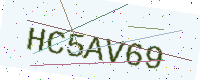
Text: HC5AV69